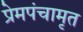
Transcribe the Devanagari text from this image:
प्रेमपंचामृत